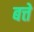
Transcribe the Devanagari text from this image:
बत्ते